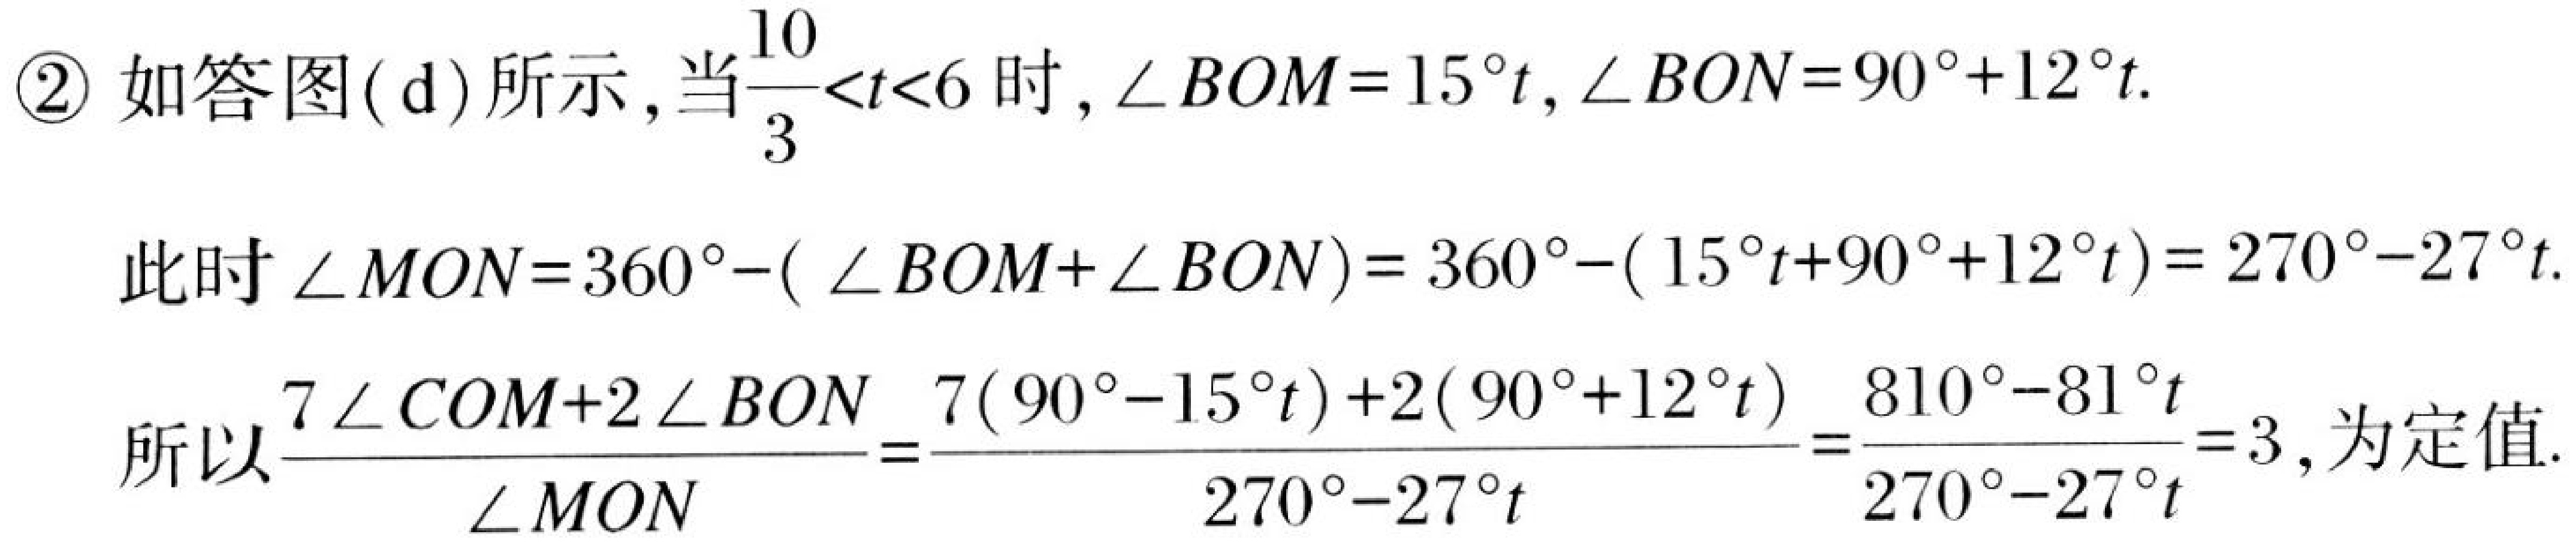
\textcircled{2} 如答图(d)所示，当\(\frac{10}{3}<t<6\)时，\(\angle BOM = 15^{\circ}t\)，\(\angle BON = 90^{\circ}+12^{\circ}t\).
此时\(\angle MON=360^{\circ}-(\angle BOM+\angle BON)=360^{\circ}-(15^{\circ}t + 90^{\circ}+12^{\circ}t)=270^{\circ}-27^{\circ}t\).
所以\(\frac{7\angle COM + 2\angle BON}{\angle MON}=\frac{7(90^{\circ}-15^{\circ}t)+2(90^{\circ}+12^{\circ}t)}{270^{\circ}-27^{\circ}t}=\frac{810^{\circ}-81^{\circ}t}{270^{\circ}-27^{\circ}t}=3\)，为定值.